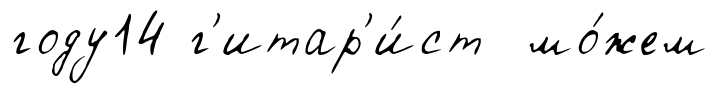
году14 г'итар'и́ст мо́жем